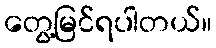
တွေ့မြင်ရပါတယ်။